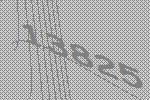
13825